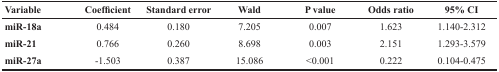
<table><thead><tr><td><b>Variable</b></td><td><b>Coefficient</b></td><td><b>Standard error</b></td><td><b>Wald</b></td><td><b>P value</b></td><td><b>Odds ratio</b></td><td><b>95% CI</b></td></tr></thead><tbody><tr><td><b>miR-18a</b></td><td>0.484</td><td>0.180</td><td>7.205</td><td>0.007</td><td>1.623</td><td>1.140-2.312</td></tr><tr><td><b>miR-21</b></td><td>0.766</td><td>0.260</td><td>8.698</td><td>0.003</td><td>2.151</td><td>1.293-3.579</td></tr><tr><td><b>miR-27a</b></td><td>-1.503</td><td>0.387</td><td>15.086</td><td>&lt;0.001</td><td>0.222</td><td>0.104-0.475</td></tr></tbody></table>